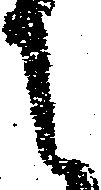
に